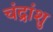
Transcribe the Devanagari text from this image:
चंद्रांशु